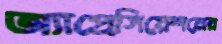
অ্যাপ্রেসিয়েশনের